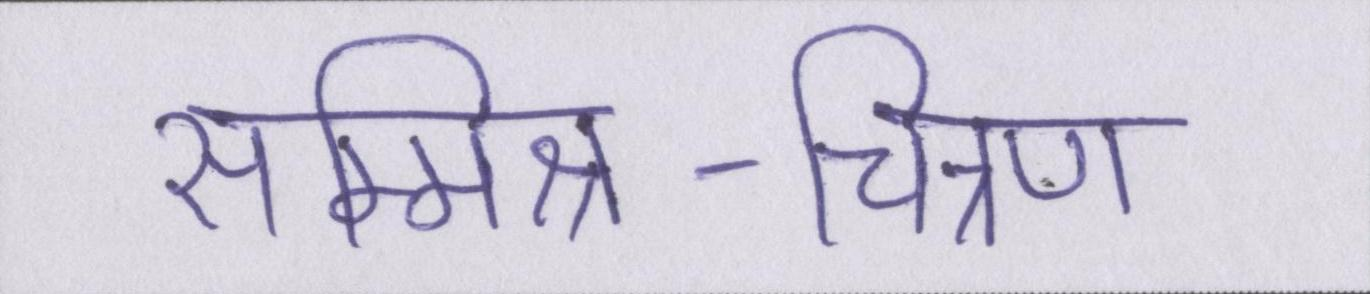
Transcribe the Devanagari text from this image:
सम्मिश्र-चित्रण